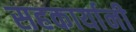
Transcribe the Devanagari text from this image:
सहकार्यानी